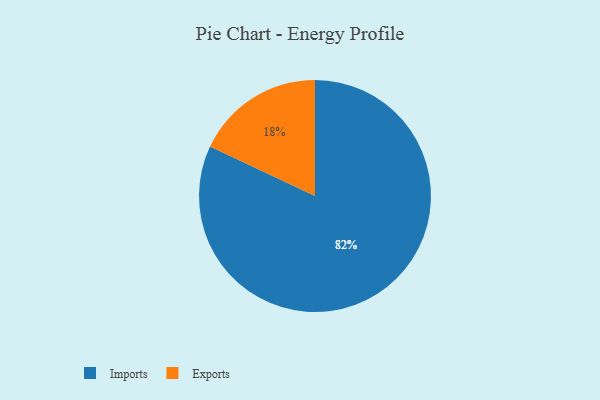
{"axis": {"x": "Category", "y": "Percentage"}, "legend": ["Exports", "Imports"], "data": [{"x": "Exports", "y": 18, "type": "Exports"}, {"x": "Imports", "y": 82, "type": "Imports"}]}